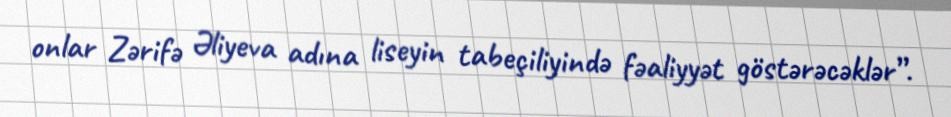
onlar Zərifə Əliyeva adına liseyin tabeçiliyində fəaliyyət göstərəcəklər”.